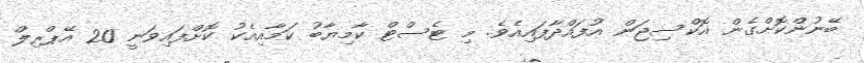
ބޭނުންކޮށްގެން އޮކްސިޖަން އުފައްދާފައިއެވެ. މި ޓެސްޓް ކާމިޔާބު ކަމާއިއެކު ކޮށްފައިވަނީ 20 އޭޕްރިލް